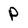
Character: p